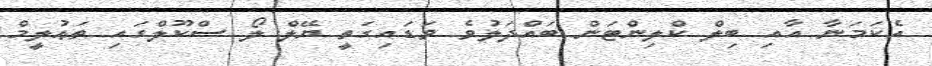
އެކަމަނާ އާއި ބިލް ކްލިންޓަން ބައްދަލުވެ ވަޑައިގަތީ ޔޭލް ލޯ ސްކޫލްގައި ތަޢުލީމް